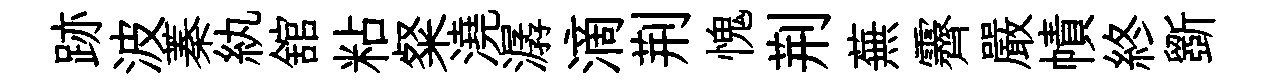
跡波蓁紈舘粘粲澆潺滴荆愧荆蕪霽嚴幘終斵